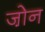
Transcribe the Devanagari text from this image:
जो़न